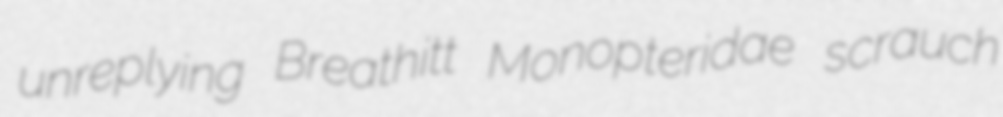
unreplying Breathitt Monopteridae scrauch